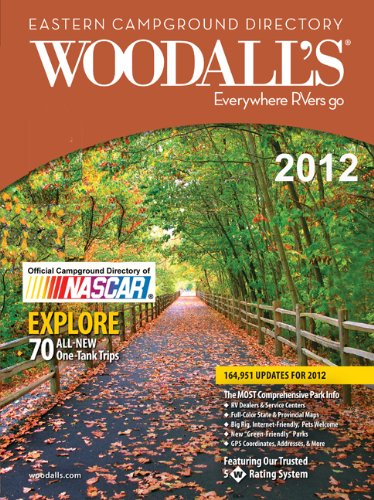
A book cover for Woodall's Eastern America Campground Directory, 2012 (Woodall's Campground Directory: Eastern Ed.); Woodall's Publications Corp.; Travel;